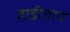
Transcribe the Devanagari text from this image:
हाडीताप